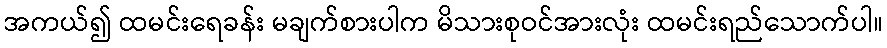
အကယ်၍ ထမင်းရေခန်း မချက်စားပါက မိသားစုဝင်အားလုံး ထမင်းရည်သောက်ပါ။